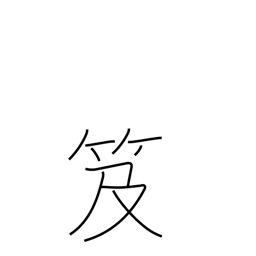
Meaning: backpack bookcase